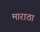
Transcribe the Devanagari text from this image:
माराठा